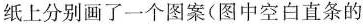
纸上分别画了一个图案(图中空白直条的